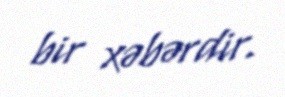
bir xəbərdir.